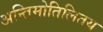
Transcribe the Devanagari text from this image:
अन्तिमोतिलितय